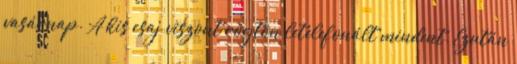
vasárnap. A kis csaj viszont rögtön letelefonált mindent. Ezután